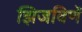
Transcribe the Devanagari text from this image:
झिजविणें